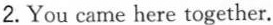
2.You came here together.